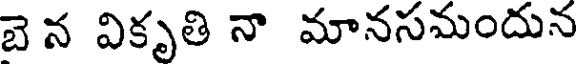
బై న వికృతి నా మానసమందున